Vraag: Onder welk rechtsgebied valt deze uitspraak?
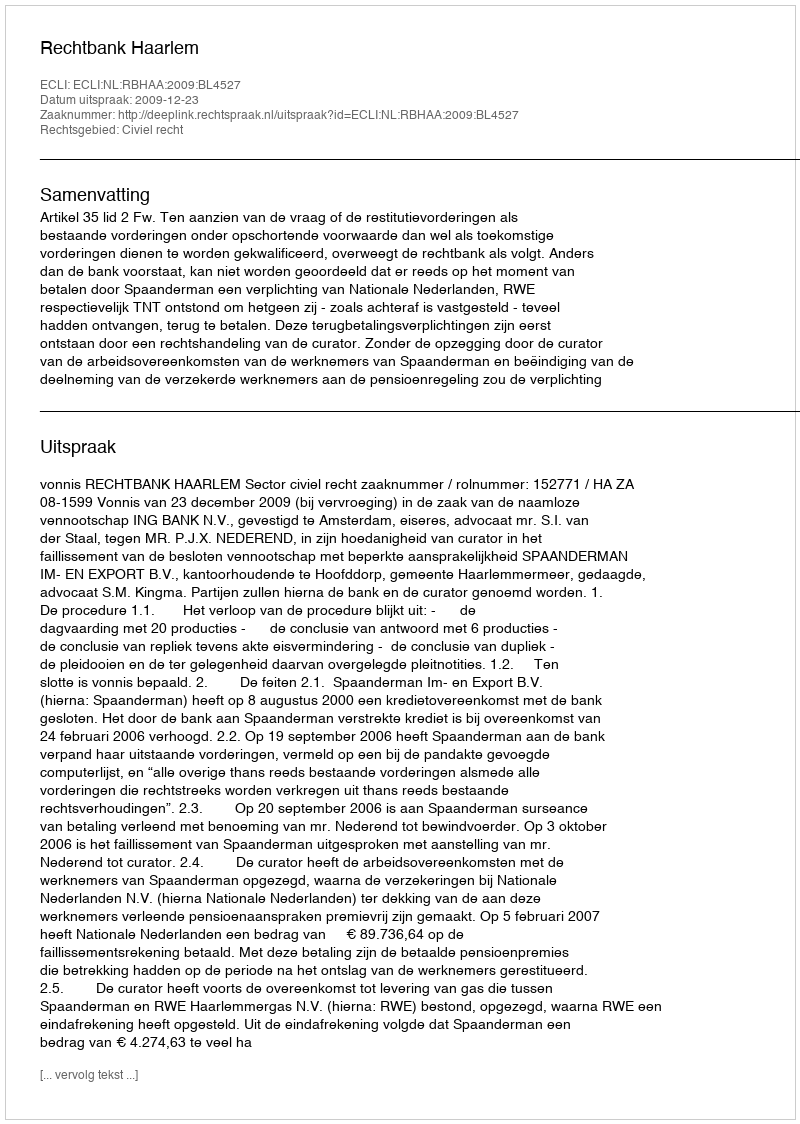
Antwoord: Civiel recht